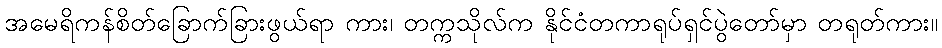
အမေရိကန်စိတ်ခြောက်ခြားဖွယ်ရာ ကား၊ တက္ကသိုလ်က နိုင်ငံတကာရုပ်ရှင်ပွဲတော်မှာ တရုတ်ကား။